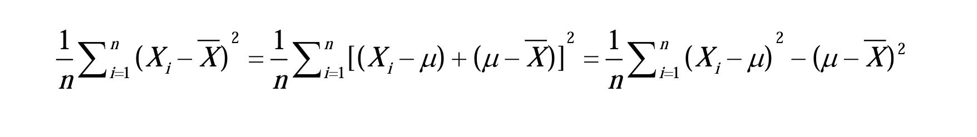
\(\frac{1}{n}\sum_{i = 1}^{n}(X_{i}-\overline{X})^{2}=\frac{1}{n}\sum_{i = 1}^{n}[(X_{i}-\mu)+(\mu-\overline{X})]^{2}=\frac{1}{n}\sum_{i = 1}^{n}(X_{i}-\mu)^{2}-(\mu-\overline{X})^{2}\)